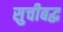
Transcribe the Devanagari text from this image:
सुचीबद्ध